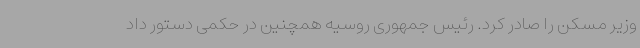
وزیر مسکن را صادر کرد. رئیس جمهوری روسیه همچنین در حکمی دستور داد